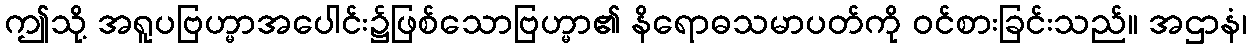
ဤသို့ အရူပဗြဟ္မာအပေါင်း၌ဖြစ်သောဗြဟ္မာ၏ နိရောဓသမာပတ်ကို ဝင်စားခြင်းသည်။ အဌာနံ၊